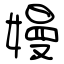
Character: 嫚